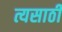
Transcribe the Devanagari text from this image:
त्यसाठी